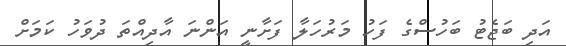
އަދި ބަޖެޓު ބަހުސްގެ ފަހު މަރުހަލާ ފަށާނީ އަންނަ އާދިއްތަ ދުވަހު ކަމަށް